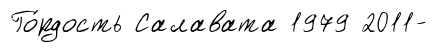
Го́рдость Салавата 1979 2011-